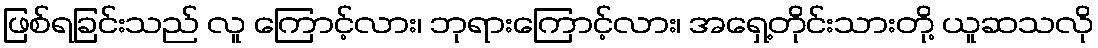
ဖြစ်ရခြင်းသည် လူ ကြောင့်လား၊ ဘုရားကြောင့်လား၊ အရှေ့တိုင်းသားတို့ ယူဆသလို